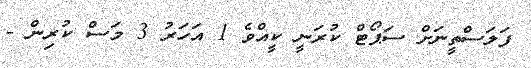
ފަލަސްތީނަށް ސަޕޯޓް ކުރަނީ ކީއްވެ 1 އަހަރު 3 މަސް ކުރިން -